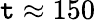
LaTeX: \mathtt{t}\approx150